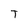
Character: T